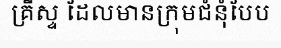
គ្រីស្ទ ដែលមានក្រុមជំនុំបែប